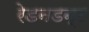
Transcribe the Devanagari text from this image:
रेडनडन्ट